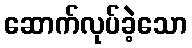
ဆောက်လုပ်ခဲ့သော